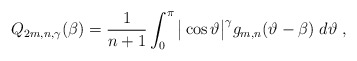
\begin{align*} Q_{2m,n,\gamma}(\beta)={1 \over n+1}\int_0^\pi\big |\cos \vartheta\big |^\gamma g_{m,n}(\vartheta-\beta)\; d\vartheta\;,\end{align*}